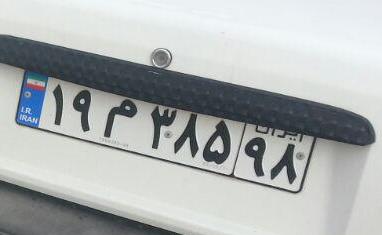
۱۹م۳۸۵۹۸